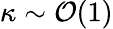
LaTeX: \kappa\sim{\mathcal O}(1)